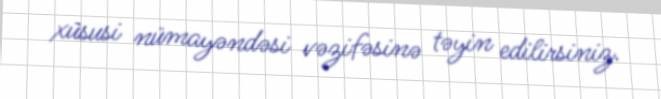
xüsusi nümayəndəsi vəzifəsinə təyin edilirsiniz.